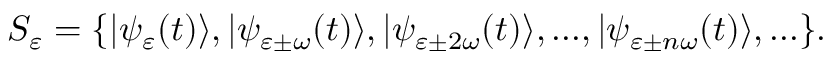
S _ { \varepsilon } = \{ | \psi _ { \varepsilon } ( t ) \rangle , | \psi _ { \varepsilon \pm \omega } ( t ) \rangle , | \psi _ { \varepsilon \pm 2 \omega } ( t ) \rangle , . . . , | \psi _ { \varepsilon \pm n \omega } ( t ) \rangle , . . . \} .